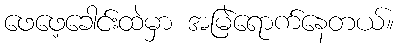
ဖေဖေ့ခေါင်းထဲမှာ အမြဲရောက်နေတယ်။